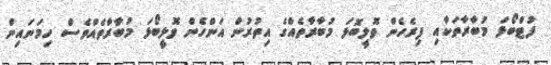
ފުޓްބޯޅަ މުބާރާތަކާއި ފިރެހެން ވޮލީބޮޅަ މުބާރާތެއްގެ އިތުރުން އަންހެން ވޮލީބޯޅަ މުބާރާތެއްވެސް ހިމަނައިން